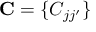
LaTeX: \mathbf { C } = \{ C _ { j j ^ { \prime } } \}